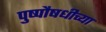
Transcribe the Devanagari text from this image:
पुष्पौषधीच्या